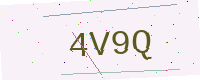
Text: 4V9Q